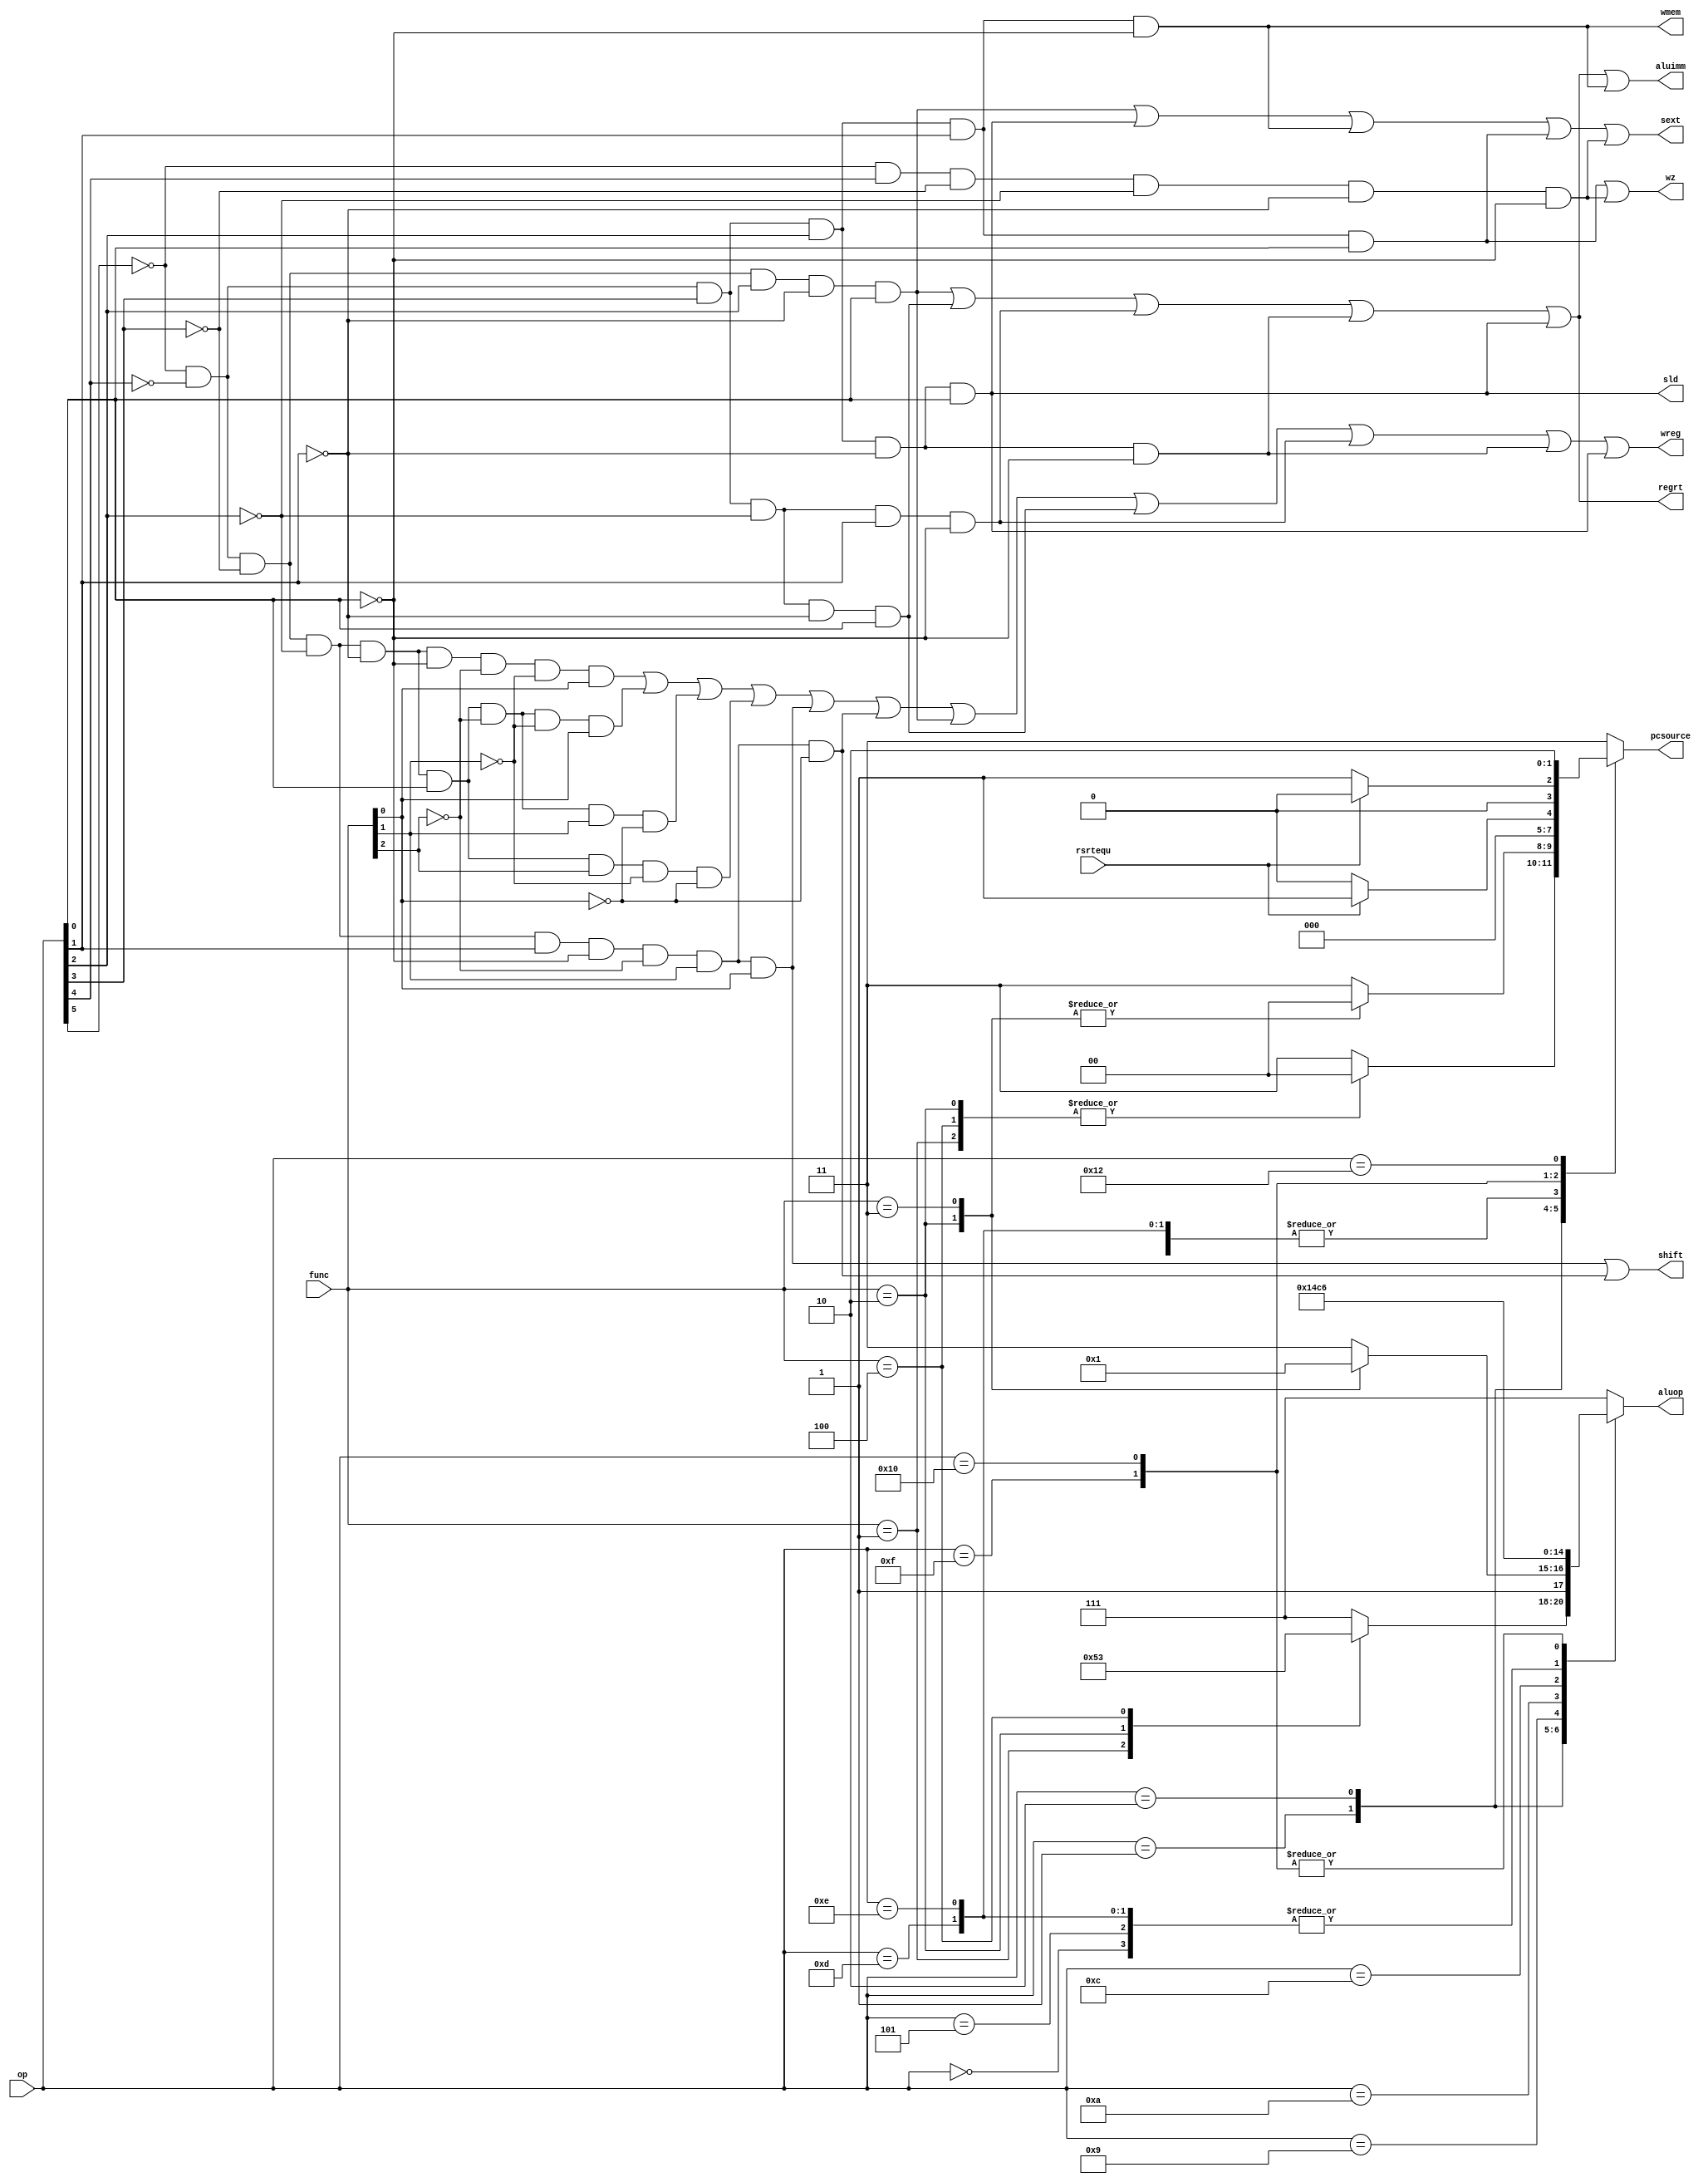
module Control_Unit(rsrtequ,func,
                    op,wreg,sld,wmem,aluop,regrt,aluimm,
                    sext,pcsource,shift,wz
                   );
input rsrtequ; 		//if (r=0)rsrtequ=1
input [5:0] func,op;		//func  op
output wreg; //是否是写寄存器的
output sld; //写回是内存还是ALU
output wmem; //写内存
output regrt;
output aluimm;
output sext;
output shift;
output wz;		//
output [2:0] aluop;		//ALU
output [1:0] pcsource;		//PC
reg [2:0] aluop;
reg [1:0] pcsource;
wire i_add,i_and,i_or,i_xor,i_sll,i_srl;            //
wire i_addi,i_andi,i_ori,i_xori;
wire i_lw,i_sw;		//
wire i_beq,i_bne;		//branch
wire i_j;		//jump
/////////////////////////////////////////////////////////////////////////////////////////////////////
//下面根据op和func提取 指令类型
and(i_add,~op[5],~op[4],~op[3],~op[2],~op[1],~op[0],~func[2],~func[1],func[0]);		//add
and(i_and,~op[5],~op[4],~op[3],~op[2],~op[1],op[0],~func[2],~func[1],func[0]);		//and
and(i_or,~op[5],~op[4],~op[3],~op[2],~op[1],op[0],~func[2],func[1],~func[0]);		//or
and(i_xor,~op[5],~op[4],~op[3],~op[2],~op[1],op[0],func[2],~func[1],~func[0]);		//xor

and(i_srl,~op[5],~op[4],~op[3],~op[2],op[1],~op[0],~func[2],func[1],~func[0]);		//srl
and(i_sll,~op[5],~op[4],~op[3],~op[2],op[1],~op[0],~func[2],func[1],func[0]);		//sll

and(i_addi,~op[5],~op[4],~op[3],op[2],~op[1],op[0]);		//addi
and(i_andi,~op[5],~op[4],op[3],~op[2],~op[1],op[0]);		//andi
and(i_ori,~op[5],~op[4],op[3],~op[2],op[1],~op[0]);		//ori
and(i_xori,~op[5],~op[4],op[3],op[2],~op[1],~op[0]);		//xori

and(i_lw,~op[5],~op[4],op[3],op[2],~op[1],op[0]);		//load
and(i_sw,~op[5],~op[4],op[3],op[2],op[1],~op[0]);		//store

and(i_beq,~op[5],~op[4],op[3],op[2],op[1],op[0]);		//beq
and(i_bne,~op[5],op[4],~op[3],~op[2],~op[1],~op[0]);		//bne

and(i_j,~op[5],op[4],~op[3],~op[2],op[1],~op[0]);		//jump

/////////////////////////////////////////////////////////////////////////////////////////////////////
assign wreg=i_add|i_and|i_or|i_xor|i_sll|i_srl|i_addi|i_andi|i_ori|i_xori|i_lw;		//
assign regrt=i_addi|i_andi|i_ori|i_xori|i_lw;    //regrt1rtrd
assign sld=i_lw;  //1ALU
assign shift=i_sll|i_srl;//ALUa1ALUainst[19:15]
assign aluimm=i_addi|i_andi|i_ori|i_xori|i_lw|i_sw;//ALUb1ALUb
assign sext=i_addi|i_lw|i_sw|i_beq|i_bne;//1
assign wmem=i_sw;//1
assign wz=i_beq|i_bne;

always @(rsrtequ or op or func)
case (op)
    6'b000000: begin
        aluop<=3'b000;
        pcsource<=2'b00;
    end		//+; pc=pc+4
    6'b000001:
    case (func[5:0])
        3'b000001: begin
            aluop<=3'b001;
            pcsource<=2'b00;
        end		//and; pc=pc+4
        3'b000010: begin
            aluop<=3'b010;
            pcsource<=2'b00;
        end		//or; pc=pc+4
        3'b000100: begin
            aluop<=3'b011;
            pcsource<=2'b00;
        end		//xor; pc=pc+4
        default: begin
            aluop<=3'b111;
            pcsource<=2'b11;
        end
    endcase
    6'b000010:
    case (func[5:0])
        3'b000010: begin
            aluop<=3'b100;
            pcsource<=2'b00;
        end		//srl; pc=pc+4
        3'b000011: begin
            aluop<=3'b101;
            pcsource<=2'b00;
        end		//sll; pc=pc+4
        default: begin
            aluop<=3'b111;
            pcsource<=2'b11;
        end
    endcase
    6'b000101: begin
        aluop<=3'b000;
        pcsource<=2'b00;
    end		//addi; pc=pc+4
    6'b001001: begin
        aluop<=3'b001;
        pcsource<=2'b00;
    end		//andi; pc=pc+4
    6'b001010: begin
        aluop<=3'b010;
        pcsource<=2'b00;
    end		//ori; pc=pc+4
    6'b001100: begin
        aluop<=3'b011;
        pcsource<=2'b00;
    end		//xori; pc=pc+4

    6'b001101: begin
        aluop<=3'b000;
        pcsource<=2'b00;
    end		//load; pc=pc+4
    6'b001110: begin
        aluop<=3'b000;
        pcsource<=2'b00;
    end		//store; pc=pc+4
    6'b001111: begin
        aluop<=3'b110;
        if(rsrtequ)
            pcsource<=2'b01;
        else
            pcsource<=2'b00;
    end		//beq; pc=bpc
    6'b010000: begin
        aluop<=3'b110;
        if(!rsrtequ)
            pcsource<=2'b01;
        else
            pcsource<=2'b00;
    end		//bne; pc=bpc
    6'b010010: begin
        aluop<=3'b111;
        pcsource<=2'b10;
    end		//jump; pc=jpc
    default: begin
        aluop<=3'b111;
        pcsource<=2'b11;
    end
endcase

endmodule